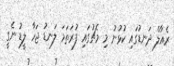
ރެއާލް ދަނޑުގައި ކުޅުނު މި މެޗުގައި ފުރަތަމަ ލަނޑު ޖަހާ ލީޑު ނެގީ